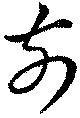
前